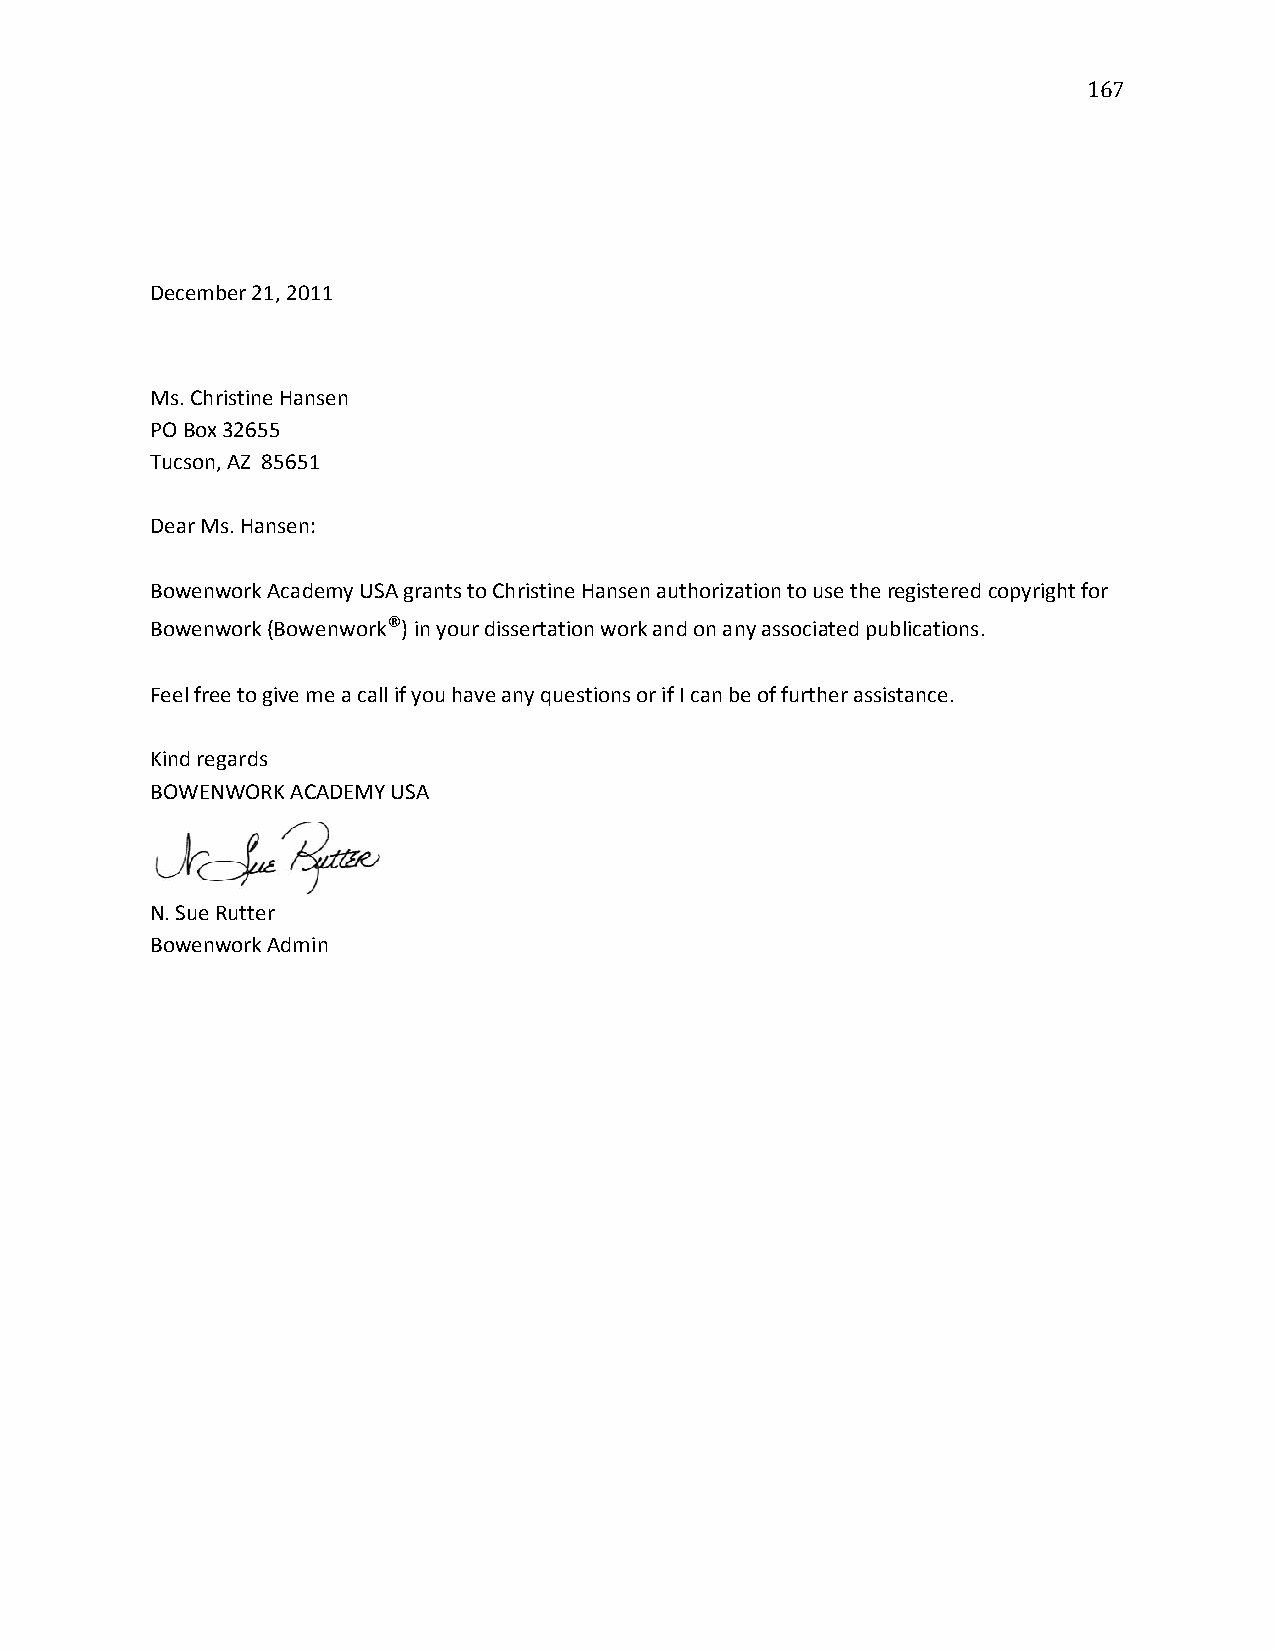
167
 December 21, 2011
 Ms. Christine Hansen
 PO Box 32655
 Tucson, AZ 85651
 Dear Ms. Hansen:
 Bowenwork Academy USA grants to Christine Hansen authorization to use the registered copyright for
 Bowenwork (Bowenwork®) in your dissertation work and on any associated publications.
 Feel free to give me a call if you have any questions or if I can be of further assistance.
 Kind regards
 BOWENWORK ACADEMY USA
 N. Sue Rutter
 Bowenwork Admin